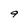
Character: 9